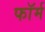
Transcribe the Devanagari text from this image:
फाॅर्म